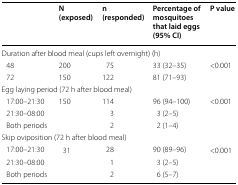
<table><thead><tr><td></td><td><b>N (exposed)</b></td><td><b>n (responded)</b></td><td><b>Percentage of mosquitoes that laid eggs (95% CI)</b></td><td><b>P value</b></td></tr></thead><tbody><tr><td colspan="5">Duration after blood meal (cups left overnight) (h)</td></tr><tr><td> 48</td><td>200</td><td>75</td><td>33 (32–35)</td><td rowspan="2">&lt;0.001</td></tr><tr><td> 72</td><td>150</td><td>122</td><td>81 (71–93)</td></tr><tr><td colspan="5">Egg laying period (72 h after blood meal)</td></tr><tr><td> 17:00–21:30</td><td rowspan="3">150</td><td>114</td><td>96 (94–100)</td><td rowspan="3">&lt;0.001</td></tr><tr><td> 21:30–08:00</td><td>3</td><td>3 (2–5)</td></tr><tr><td> Both periods</td><td>2</td><td>2 (1–4)</td></tr><tr><td colspan="5">Skip oviposition (72 h after blood meal)</td></tr><tr><td> 17:00–21:30</td><td rowspan="3">31</td><td>28</td><td>90 (89–96)</td><td rowspan="3">&lt;0.001</td></tr><tr><td> 21:30–08:00</td><td>1</td><td>3 (2–5)</td></tr><tr><td> Both periods</td><td>2</td><td>6 (5–7)</td></tr></tbody></table>